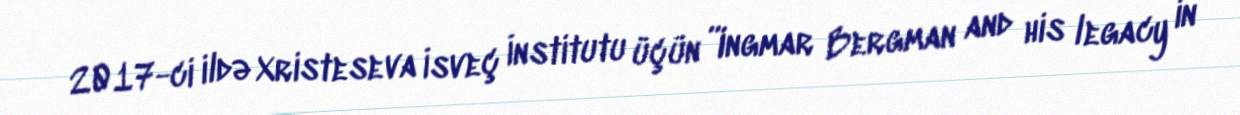
2017-ci ildə Xristeseva İsveç İnstitutu üçün ”Ingmar Bergman and his legacy in